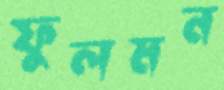
ফুলমন